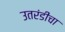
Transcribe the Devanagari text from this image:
उतरंडीचा